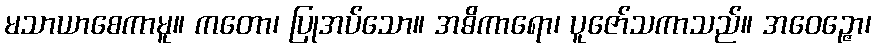
မသာယာစေကာမူ။ ကတော၊ ပြုအပ်သော။ အဓိကာရော၊ ပူဇော်သကာသည်။ အဝေဉ္ဇော၊